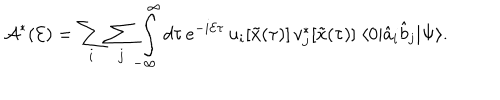
LaTeX: { \cal A } ^ { * } ( { \cal E } ) = \sum _ { i } \sum _ { j } \int _ { - \infty } ^ { \infty } d \tau \, e ^ { - i { \cal E } \tau } \, u _ { i } [ { \tilde { x } } ( \tau ) ] \, v _ { j } ^ { * } [ { \tilde { x } } ( \tau ) ] \; \langle 0 \vert { \hat { a } } _ { i } { \hat { b } } _ { j } \vert \Psi \rangle .